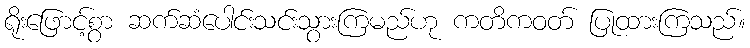
ရိုးဖြောင့်စွာ ဆက်ဆံပေါင်းသင်းသွားကြမည်ဟု ကတိကဝတ် ပြုထားကြသည်။